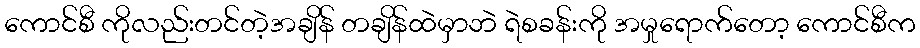
ကောင်စီ ကိုလည်းတင်တဲ့အချိန် တချိန်ထဲမှာဘဲ ရဲစခန်းကို အမှုရောက်တော့ ကောင်စီက